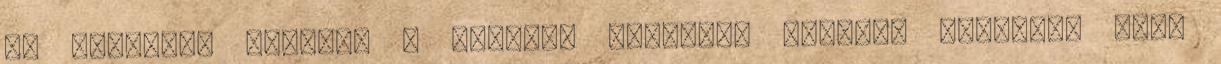
új dolgokat tanulni a borról. Legalább annyira komplex, mint